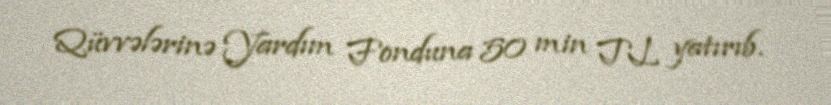
Qüvvələrinə Yardım Fonduna 50 min TL yatırıb.